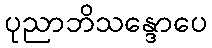
ပုညာဘိသန္ဒောပေ